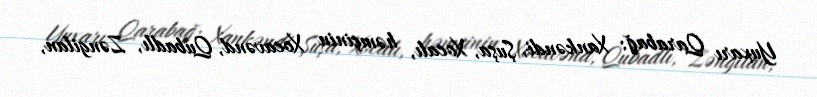
Yuxarı Qarabağ: Xankəndi, Şuşa, Xocalı, həmçinin Xocavənd, Qubadlı, Zəngilan,